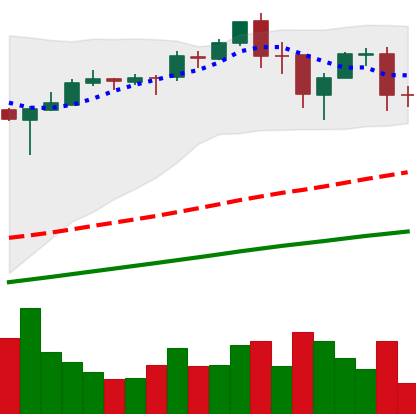
Ticker: BTC-USD
Chart end date: 2017-09-09
Forward return: -25.345%
Label: down_7plus